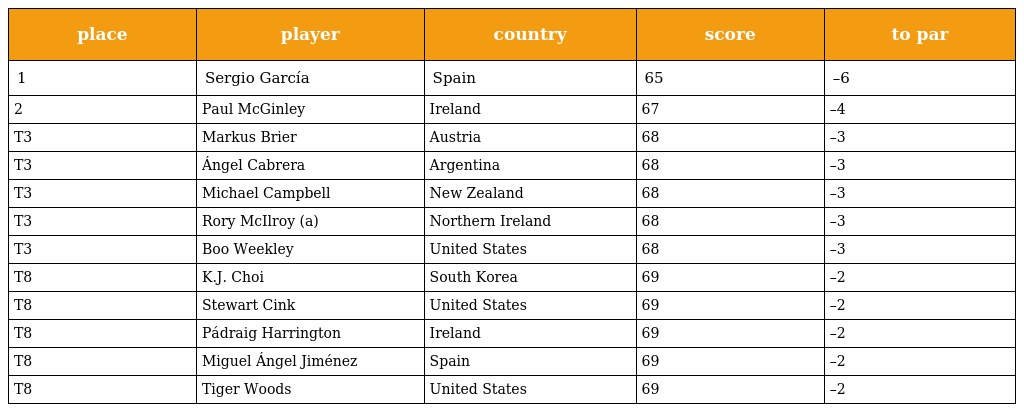
| place | player | country | score | to par |
 | --- | --- | --- | --- | --- |
 | 1 | Sergio García | Spain | 65 | –6 |
 | 2 | Paul McGinley | Ireland | 67 | –4 |
 | T3 | Markus Brier | Austria | 68 | –3 |
 | T3 | Ángel Cabrera | Argentina | 68 | –3 |
 | T3 | Michael Campbell | New Zealand | 68 | –3 |
 | T3 | Rory McIlroy (a) | Northern Ireland | 68 | –3 |
 | T3 | Boo Weekley | United States | 68 | –3 |
 | T8 | K.J. Choi | South Korea | 69 | –2 |
 | T8 | Stewart Cink | United States | 69 | –2 |
 | T8 | Pádraig Harrington | Ireland | 69 | –2 |
 | T8 | Miguel Ángel Jiménez | Spain | 69 | –2 |
 | T8 | Tiger Woods | United States | 69 | –2 |